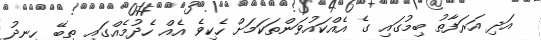
އަދި އަރަފާތު ބިމުގައި ގެ އެއްކައުވަންތަކަމަށް ހެކިވެ އެއް ހެދުމެއްގައި ތިބޭ ހިނދު